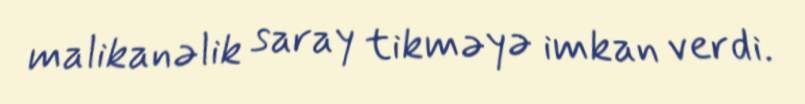
malikanəlik saray tikməyə imkan verdi.